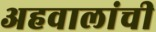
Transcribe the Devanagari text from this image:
अहवालांची